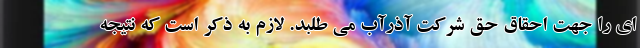
‌ای را جهت احقاق حق شرکت آذرآب می‌ طلبد. لازم به ذکر است که نتیجه